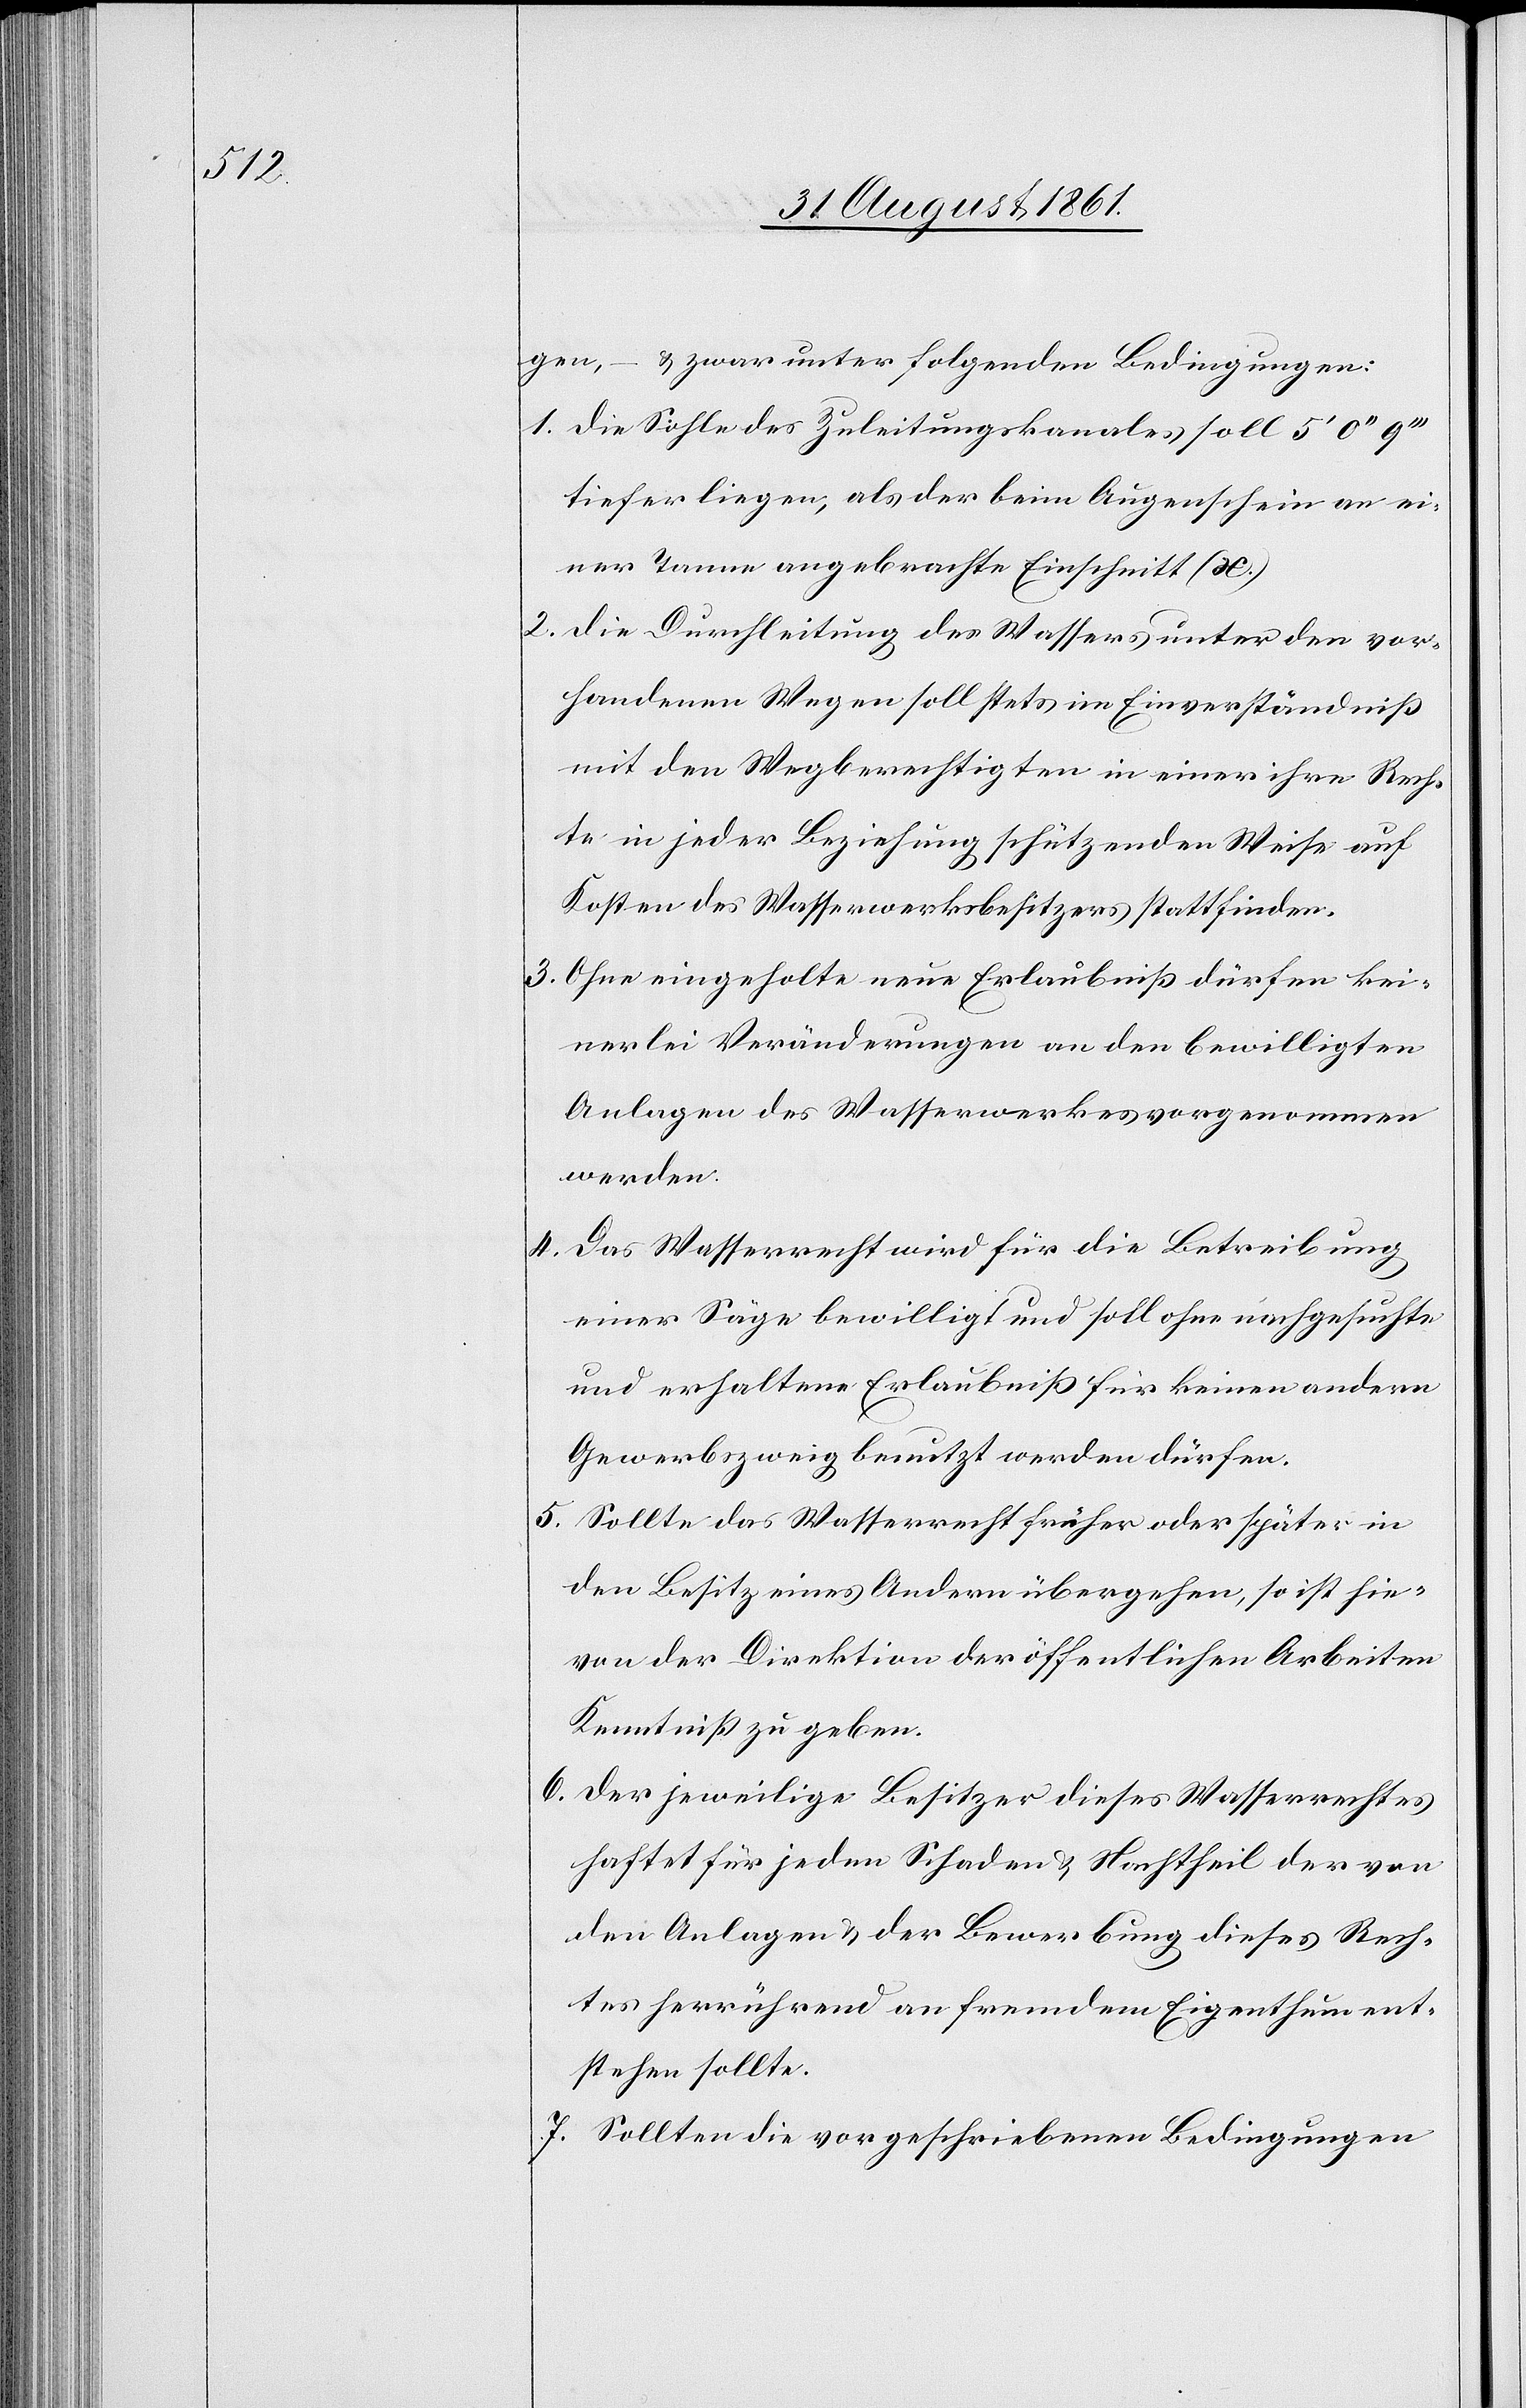
gen, – u. zwar unter folgenden Bedingungen:
1. Die Sohle des Zuleitungskanales soll 5‘ 0‘‘
tiefer liegen, als der beim Augenschein an ei¬
ner Tanne angebrachte Einschnitt (x.)
2. Die Durchleitung des Wassers unter den vor¬
handenen Wegen soll stets im Einverständniß
mit den Wegberechtigten in einer ihre Rech¬
te in jeder Beziehung schützenden Weise auf
Kosten des Wasserwerksbesitzers stattfinden.
3. Ohne eingeholte neue Erlaubniß dürfen kei¬
nerlei Veränderungen an den bewilligten
Anlagen des Wasserwerkes vorgenommen
werden.
4. Das Wasserrecht wird für die Betreibung
einer Säge bewilligt und soll ohne nachgesuchte
und erhaltene Erlaubniß für keinen andern
Gewerbszweig benutzt werden dürfen.
5. Sollte das Wasserrecht früher oder später in
den Besitz eines Andern übergehen, so ist hie¬
von der Direktion der öffentlichen Arbeiten
Kenntniß zu geben.
6. Der jeweilige Besitzer dieses Wasserrechtes
haftet für jeden Schaden u. Nachtheil der von
den Anlagen u. der Bewerbung dieses Rech¬
tes herrührend an fremdem Eigenthum ent¬
stehen sollte.
7. Sollten die vorgeschriebenen Bedingungen